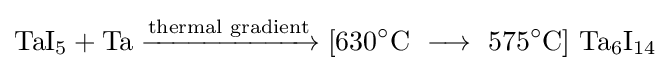
{\mathrm {TaI} {\vphantom {A}}_{\smash[{t}]{5}}{}+{}\mathrm {Ta} {}\mathrel {\xrightarrow {\text{thermal gradient}} } {}[630{\vphantom {A}}^{\circ }\mathrm {C} \ {}\mathrel {\longrightarrow } {}\ 575{\vphantom {A}}^{\circ }\mathrm {C} ]~\mathrm {Ta} {\vphantom {A}}_{\smash[{t}]{6}}\mathrm {I} {\vphantom {A}}_{\smash[{t}]{14}}}